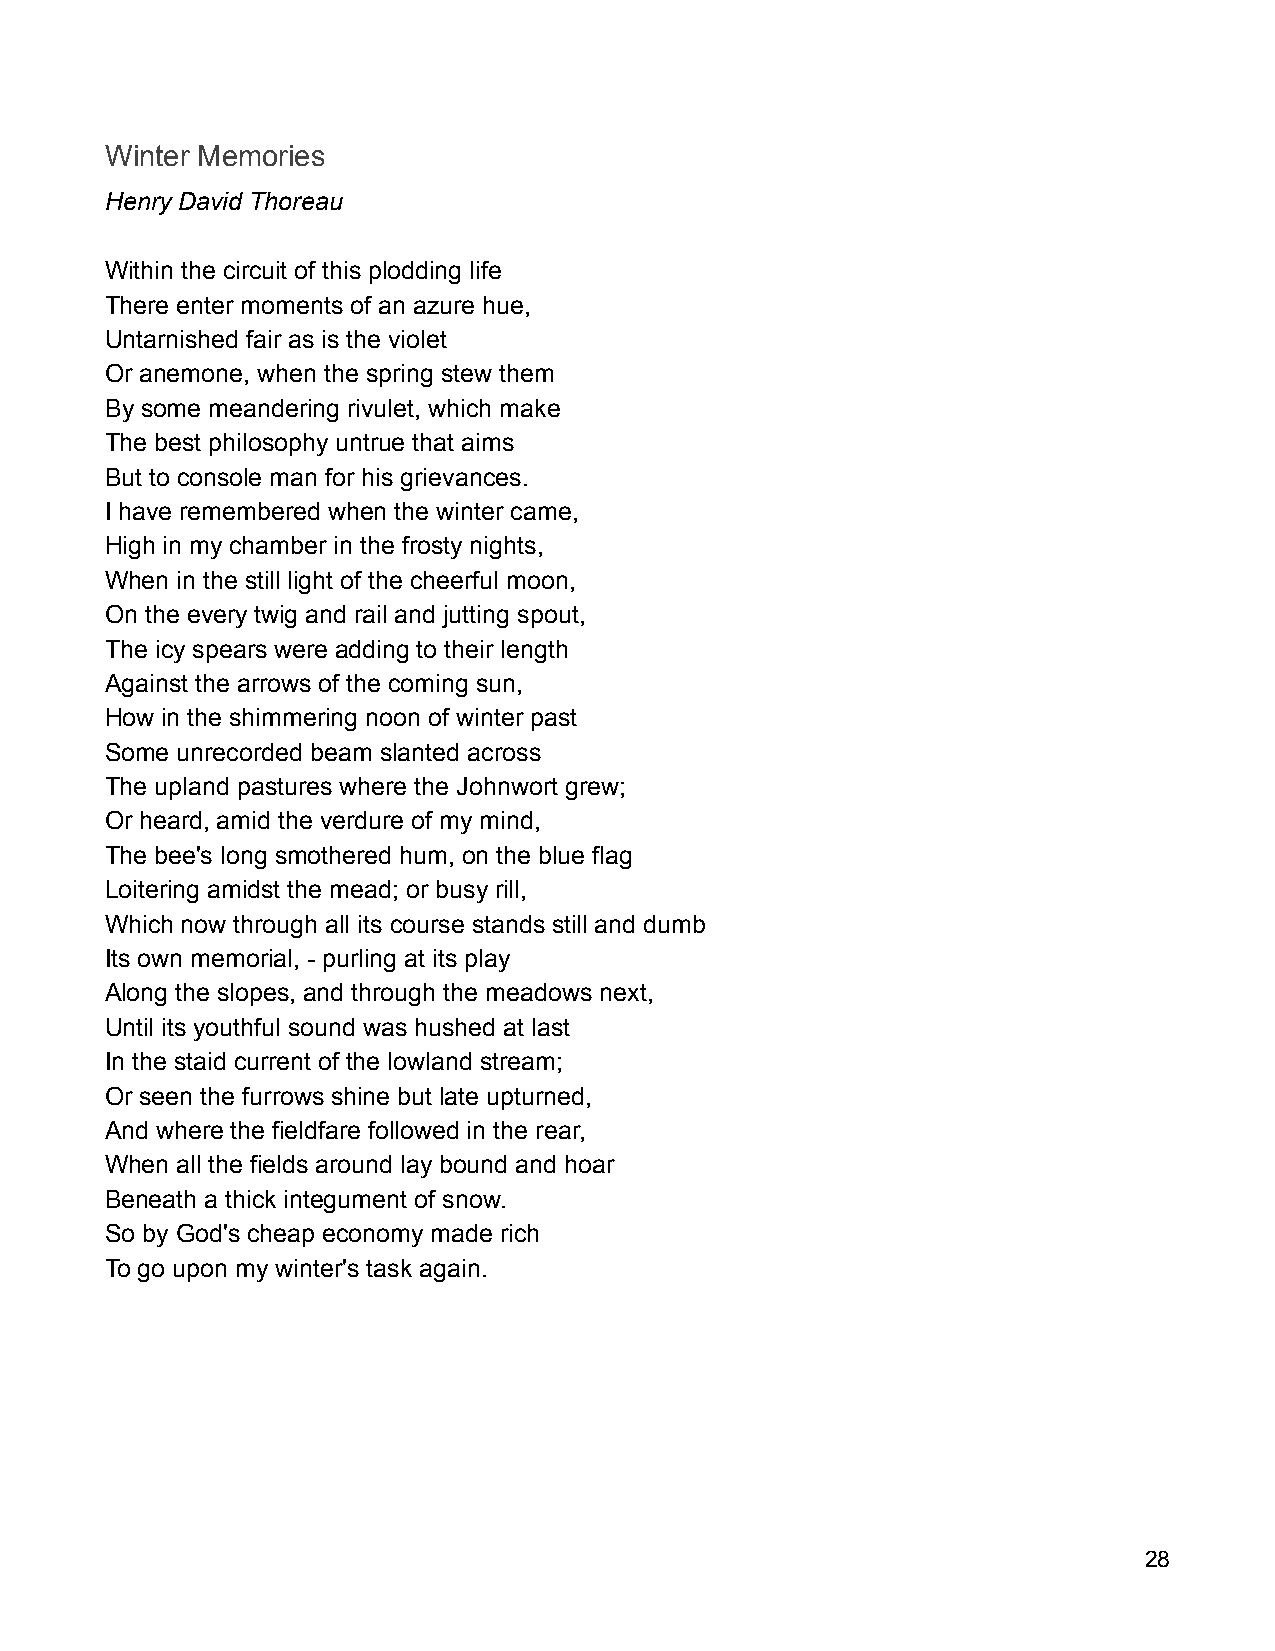
Winter Memories
 Henry David Thoreau
 Within the circuit of this plodding life
 There enter moments of an azure hue,
 Untarnished fair as is the violet
 Or anemone, when the spring stew them
 By some meandering rivulet, which make
 The best philosophy untrue that aims
 But to console man for his grievances.
 I have remembered when the winter came,
 High in my chamber in the frosty nights,
 When in the still light of the cheerful moon,
 On the every twig and rail and jutting spout,
 The icy spears were adding to their length
 Against the arrows of the coming sun,
 How in the shimmering noon of winter past
 Some unrecorded beam slanted across
 The upland pastures where the Johnwort grew;
 Or heard, amid the verdure of my mind,
 The bee's long smothered hum, on the blue flag
 Loitering amidst the mead; or busy rill,
 Which now through all its course stands still and dumb
 Its own memorial, - purling at its play
 Along the slopes, and through the meadows next,
 Until its youthful sound was hushed at last
 In the staid current of the lowland stream;
 Or seen the furrows shine but late upturned,
 And where the fieldfare followed in the rear,
 When all the fields around lay bound and hoar
 Beneath a thick integument of snow.
 So by God's cheap economy made rich
 To go upon my winter's task again.
 28